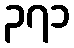
၃၇၁